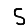
Digit: 5